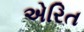
એરિત